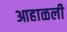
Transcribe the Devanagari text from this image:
आहाळली